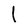
Character: l